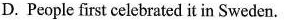
D. People first celebrated it in Sweden.